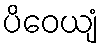
ပိဝေယျံ